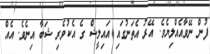
ފުން ނޭވާއެއްލިޔެވެ. އޭރު އެތަނުގައި އައިލީޝް ގެ އެކުވެރި ޝަބާ އިނެވެ. އެއް